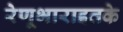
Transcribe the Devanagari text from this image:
रेणूभाराइतके